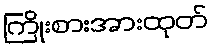
ကြိုးစားအားထုတ်